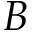
B